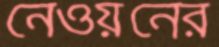
নেওয়নের